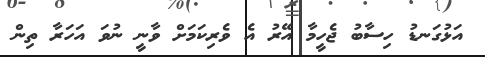
އަޅުގަނޑު ހިސާބު ޖެހީމާ އޭރު އެ ވެރިކަމަށް ވާނީ ނުވަ އަހަރާ ތިން